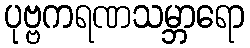
ပုဗ္ဗကရဏသမ္ဘာရော